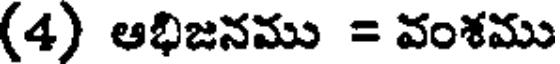
(4) ఆభిజనము = వంశము